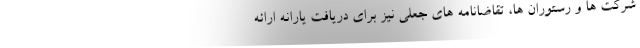
شرکت ها و رستوران ها، تقاضانامه های جعلی نیز برای دریافت یارانه ارائه